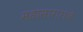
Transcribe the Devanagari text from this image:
महासागरांचे